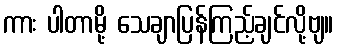
ကား ပါတာမို့ သေချာပြန်ကြည့်ချင်လို့ဗျ။